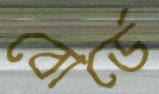
বোর্ডে